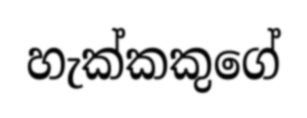
හැක්කකුගේ